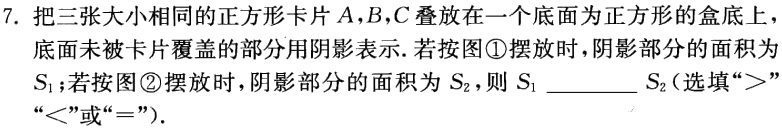
7. 把三张大小相同的正方形卡片\(A,B,C\)叠放在一个底面为正方形的盒底上，底面未被卡片覆盖的部分用阴影表示. 若按图\textcircled{1}摆放时，阴影部分的面积为\(S_{1}\)；若按图\textcircled{2}摆放时，阴影部分的面积为\(S_{2}\)，则\(S_{1}\)  \_\_\_\_\_ \(S_{2}\)（选填“\(>\)”“\(<\)”或“\(=\)”）.